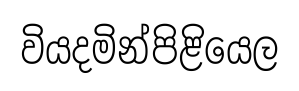
වියදමින්පිළියෙල